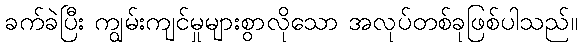
ခက်ခဲပြီး ကျွမ်းကျင်မှုများစွာလိုသော အလုပ်တစ်ခုဖြစ်ပါသည်။